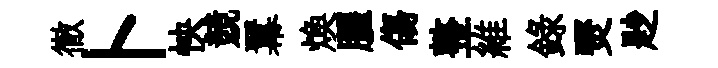
徹卜怏競羃煥臞傷整維録燹尟